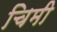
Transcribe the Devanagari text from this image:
चिमी